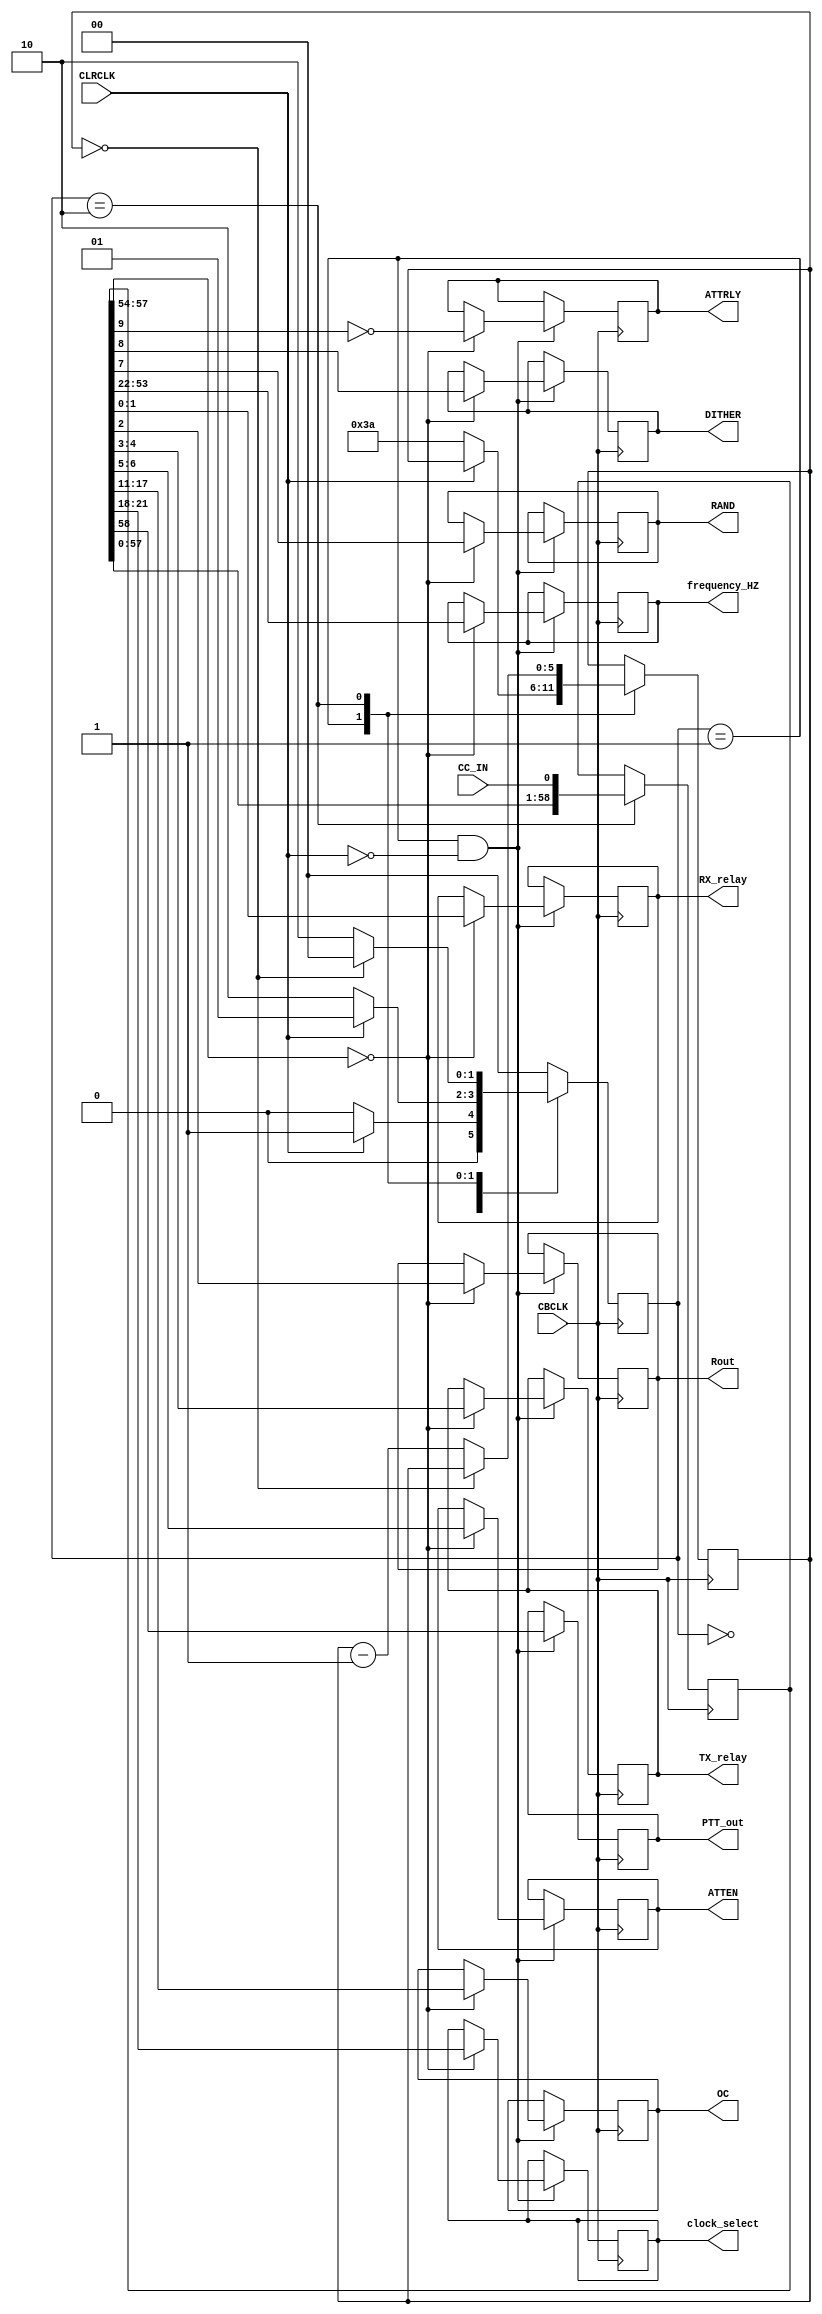
// Copyright 2009  Kirk Weedman KD7IRS 

//  HPSDR - High Performance Software Defined Radio
//
//  Mercury to Atlas bus interface.
//
//
//  This program is free software; you can redistribute it and/or modify
//  it under the terms of the GNU General Public License as published by
//  the Free Software Foundation; either version 2 of the License, or
//  (at your option) any later version.
//
//  This program is distributed in the hope that it will be useful,
//  but WITHOUT ANY WARRANTY; without even the implied warranty of
//  MERCHANTABILITY or FITNESS FOR A PARTICULAR PURPOSE.  See the
//  GNU General Public License for more details.
//
//  You should have received a copy of the GNU General Public License
//  along with this program; if not, write to the Free Software
//  Foundation, Inc., 59 Temple Place, Suite 330, Boston, MA  02111-1307  USA
//
// Change log:
//
// 15 Feb 2009 - first version

///////////////////////////////////////////////////////////
//
//    Command and Control Decoder 
//
///////////////////////////////////////////////////////////
/*

	The C&C encoder in Ozy broadcasts data over the Atlas bus (C20) for
	use by other cards e.g. Mercury and Penelope.  The data is in 
	I2S format with the clock being CBLCK and the start of each frame
	being indicated using the negative edge of CLRCLK.
	
	The data format is as follows:
	
	<[58]PTT><[57:54]address><[53:22]frequency><[21:18]clock_select><[17:11]OC><[10]Mode>
	<[9]PGA><[8]DITHER><[7]RAND><[6:5]ATTEN><[4:3]TX_relay><[2]Rout><[1:0]RX_relay> 
	
	for a total of 59 bits. Frequency is in Hz and 32 bit binary format and 
	OC is the open collector data on Penelope. Mode is for a future Class E PA,
	PGA, DITHER and RAND are ADC settings and ATTEN the attenuator on Alex
	
*/

module CC_decoder(CBCLK, CLRCLK, CC_IN, PTT_out, clock_select, OC, ATTEN, TX_relay,
                  Rout, RX_relay, frequency_HZ, ATTRLY, RAND, DITHER);
                  
parameter ADDRESS = 4'b0; // Address for data

input  wire         CBCLK;
input  wire         CLRCLK;
input  wire         CC_IN;
output reg          PTT_out;
output reg    [3:0] clock_select;   // 10MHz and 122.88MHz clock selection
output reg    [6:0] OC;             // Only Penelope uses this
output reg    [1:0] ATTEN;          // attenuator setting on Alex
output reg    [1:0] TX_relay;       // Tx relay setting on Alex
output reg          Rout;           // Rx1 out on Alex
output reg    [1:0] RX_relay;       // Rx relay setting on Alex
output reg   [31:0] frequency_HZ;
output reg          ATTRLY;
output reg          RAND;
output reg          DITHER;


// internal variable
reg  [5:0] bits;      // how many bits clocked 
reg [58:0] CCdata;	  // 59 bits of C&C data
reg  [1:0] CC_state;

localparam CC_IDLE  = 0,
           CC_LR_HI = 1,
           CC_LR_LO = 2;
always @(posedge CBCLK)
begin
  case(CC_state)
  CC_IDLE:
  begin
    if (CLRCLK)
      CC_state  <= CC_LR_HI;
    else
      CC_state  <= CC_IDLE;     // loop until CLRLCK is high   
  end

  CC_LR_HI:
  begin
    if (!CLRCLK)
    begin
      bits      <= 6'd58;						
      CC_state  <= CC_LR_LO;
    end
    else
      CC_state  <= CC_LR_HI;    // loop until CLRCLK is low  
  end

  CC_LR_LO:
  begin
    CCdata <= {CCdata[57:0], CC_IN};  // this is the second CBCLK after negedge of CLRCLK

    if (bits == 0)
      CC_state  <= CC_IDLE;     // done so restart
    else
    begin
      bits      <= bits - 1'b1;
      CC_state  <= CC_LR_LO;  
    end
  end

  default:
    CC_state <= CC_IDLE;
  endcase
end

// decode C & C data into variables
always @(posedge CBCLK)
begin
  if ((CC_state == CC_LR_HI) && !CLRCLK) // 1st rising edge of CBCLK after CLRCLK goes low
  begin                           // grab CCdata 1 CBCLK before it starts changing again
    PTT_out     <= CCdata[58];    // PTT from PC via USB 
    if (CCdata[57:54] == ADDRESS) // check that the C&C data is for this board
    begin
      frequency_HZ <= CCdata[53:22];
      clock_select <= CCdata[21:18];     
      OC        <= CCdata[17:11]; // Penelope Open Collectors, not used by Mercury
      ATTRLY    <=  ~CCdata[9];   // 1 = Attenuator on, 0 = Preamp on 
      DITHER    <= CCdata[8];     // 1 = dither on
      RAND      <= CCdata[7];     // 1 = randomizer on 
      ATTEN     <= CCdata[6:5];   // Attenuator setting on Alex
      TX_relay  <= CCdata[4:3];   // Tx relay selection on Alex
      Rout      <= CCdata[2];     // Rx_1_out on Alex
      RX_relay  <= CCdata[1:0];   // Rx relay selection on Alex
    end
  end
end

endmodule